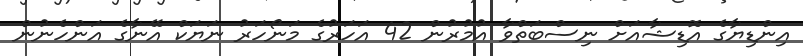
އިންޑިޔާގެ އޮޑިޝާއަށް ނިސްބަތްވާ އުމުރުން 42 އަހަރުގެ މަނޯހަރު ނަޔަކް އޭނާގެ އަންހެނުން